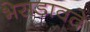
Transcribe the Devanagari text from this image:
भेसडावते